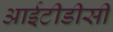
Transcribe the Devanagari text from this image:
आईटीडीसी